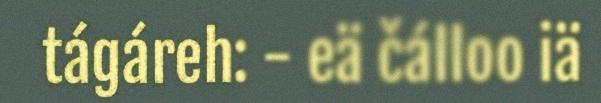
tágáreh: - eä čálloo iä